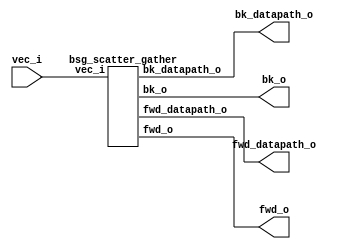


module top
(
  vec_i,
  fwd_o,
  fwd_datapath_o,
  bk_o,
  bk_datapath_o
);

  input [3:0] vec_i;
  output [7:0] fwd_o;
  output [7:0] fwd_datapath_o;
  output [7:0] bk_o;
  output [7:0] bk_datapath_o;

  bsg_scatter_gather
  wrapper
  (
    .vec_i(vec_i),
    .fwd_o(fwd_o),
    .fwd_datapath_o(fwd_datapath_o),
    .bk_o(bk_o),
    .bk_datapath_o(bk_datapath_o)
  );


endmodule



module bsg_scatter_gather
(
  vec_i,
  fwd_o,
  fwd_datapath_o,
  bk_o,
  bk_datapath_o
);

  input [3:0] vec_i;
  output [7:0] fwd_o;
  output [7:0] fwd_datapath_o;
  output [7:0] bk_o;
  output [7:0] bk_datapath_o;
  wire [7:0] fwd_o,fwd_datapath_o,bk_o,bk_datapath_o;
  wire N0,N1,N2,N3,N4,N5,N6,N7,N8,N9,N10,N11,N12,N13,N14,N15,N16,N17,N18,N19,N20,N21,
  N22,N23,N24,N25,N26,N27,N28,N29,N30,N31,N32,N33,N34,N35,N36,N37,N38,N39,N40,N41,
  N42,N43,N44,N45,N46,N47,N48,N49,N50,N51,N52,N53,N54,N55,N56,N57,N58,N59,N60,N61;
  assign bk_datapath_o[0] = 1'b0;
  assign bk_datapath_o[1] = 1'b0;
  assign bk_datapath_o[3] = 1'b0;
  assign fwd_datapath_o[5] = 1'b0;
  assign fwd_datapath_o[6] = 1'b0;
  assign fwd_datapath_o[7] = 1'b0;
  assign N20 = N16 & N17;
  assign N21 = N18 & N19;
  assign N22 = N20 & N21;
  assign N23 = vec_i[3] | vec_i[2];
  assign N24 = vec_i[1] | N19;
  assign N25 = N23 | N24;
  assign N27 = N18 | vec_i[0];
  assign N28 = N23 | N27;
  assign N30 = N18 | N19;
  assign N31 = N23 | N30;
  assign N33 = vec_i[3] | N17;
  assign N34 = vec_i[1] | vec_i[0];
  assign N35 = N33 | N34;
  assign N37 = N33 | N24;
  assign N39 = N33 | N27;
  assign N41 = N33 | N30;
  assign N43 = N16 | vec_i[2];
  assign N44 = N43 | N34;
  assign N46 = N43 | N24;
  assign N48 = N43 | N27;
  assign N50 = N43 | N30;
  assign N52 = N16 | N17;
  assign N53 = N52 | N34;
  assign N55 = N52 | N24;
  assign N57 = N52 | N27;
  assign N59 = vec_i[3] & vec_i[2];
  assign N60 = vec_i[1] & vec_i[0];
  assign N61 = N59 & N60;
  assign bk_o = (N0)? { 1'b1, 1'b1, 1'b1, 1'b1, 1'b1, 1'b1, 1'b1, 1'b1 } : 
                (N1)? { 1'b1, 1'b1, 1'b1, 1'b1, 1'b1, 1'b1, 1'b0, 1'b0 } : 
                (N2)? { 1'b1, 1'b1, 1'b1, 1'b1, 1'b0, 1'b0, 1'b1, 1'b1 } : 
                (N3)? { 1'b1, 1'b1, 1'b1, 1'b1, 1'b0, 1'b1, 1'b0, 1'b0 } : 
                (N4)? { 1'b1, 1'b1, 1'b0, 1'b0, 1'b1, 1'b1, 1'b1, 1'b1 } : 
                (N5)? { 1'b1, 1'b1, 1'b0, 1'b1, 1'b1, 1'b1, 1'b0, 1'b0 } : 
                (N6)? { 1'b1, 1'b1, 1'b0, 1'b1, 1'b0, 1'b0, 1'b1, 1'b1 } : 
                (N7)? { 1'b1, 1'b1, 1'b1, 1'b0, 1'b0, 1'b1, 1'b0, 1'b0 } : 
                (N8)? { 1'b0, 1'b0, 1'b1, 1'b1, 1'b1, 1'b1, 1'b1, 1'b1 } : 
                (N9)? { 1'b0, 1'b1, 1'b1, 1'b1, 1'b1, 1'b1, 1'b0, 1'b0 } : 
                (N10)? { 1'b0, 1'b1, 1'b1, 1'b1, 1'b0, 1'b0, 1'b1, 1'b1 } : 
                (N11)? { 1'b1, 1'b0, 1'b1, 1'b1, 1'b0, 1'b1, 1'b0, 1'b0 } : 
                (N12)? { 1'b0, 1'b1, 1'b0, 1'b0, 1'b1, 1'b1, 1'b1, 1'b1 } : 
                (N13)? { 1'b1, 1'b0, 1'b0, 1'b1, 1'b1, 1'b1, 1'b0, 1'b0 } : 
                (N14)? { 1'b1, 1'b0, 1'b0, 1'b1, 1'b0, 1'b0, 1'b1, 1'b1 } : 
                (N15)? { 1'b1, 1'b1, 1'b1, 1'b0, 1'b0, 1'b1, 1'b0, 1'b0 } : 1'b0;
  assign N0 = N22;
  assign N1 = N26;
  assign N2 = N29;
  assign N3 = N32;
  assign N4 = N36;
  assign N5 = N38;
  assign N6 = N40;
  assign N7 = N42;
  assign N8 = N45;
  assign N9 = N47;
  assign N10 = N49;
  assign N11 = N51;
  assign N12 = N54;
  assign N13 = N56;
  assign N14 = N58;
  assign N15 = N61;
  assign { bk_datapath_o[7:4], bk_datapath_o[2:2] } = (N0)? { 1'b0, 1'b0, 1'b0, 1'b0, 1'b0 } : 
                                                      (N1)? { 1'b0, 1'b0, 1'b0, 1'b0, 1'b0 } : 
                                                      (N2)? { 1'b0, 1'b0, 1'b0, 1'b0, 1'b0 } : 
                                                      (N3)? { 1'b0, 1'b0, 1'b0, 1'b0, 1'b1 } : 
                                                      (N4)? { 1'b0, 1'b0, 1'b0, 1'b0, 1'b0 } : 
                                                      (N5)? { 1'b0, 1'b0, 1'b0, 1'b1, 1'b0 } : 
                                                      (N6)? { 1'b0, 1'b0, 1'b0, 1'b1, 1'b0 } : 
                                                      (N7)? { 1'b0, 1'b0, 1'b1, 1'b0, 1'b1 } : 
                                                      (N8)? { 1'b0, 1'b0, 1'b0, 1'b0, 1'b0 } : 
                                                      (N9)? { 1'b0, 1'b1, 1'b0, 1'b0, 1'b0 } : 
                                                      (N10)? { 1'b0, 1'b1, 1'b0, 1'b0, 1'b0 } : 
                                                      (N11)? { 1'b1, 1'b0, 1'b0, 1'b0, 1'b1 } : 
                                                      (N12)? { 1'b0, 1'b1, 1'b0, 1'b0, 1'b0 } : 
                                                      (N13)? { 1'b1, 1'b0, 1'b0, 1'b1, 1'b0 } : 
                                                      (N14)? { 1'b1, 1'b0, 1'b0, 1'b1, 1'b0 } : 
                                                      (N15)? { 1'b1, 1'b1, 1'b1, 1'b0, 1'b1 } : 1'b0;
  assign fwd_o = (N0)? { 1'b1, 1'b1, 1'b1, 1'b1, 1'b1, 1'b1, 1'b1, 1'b1 } : 
                 (N1)? { 1'b1, 1'b1, 1'b1, 1'b1, 1'b1, 1'b1, 1'b0, 1'b0 } : 
                 (N2)? { 1'b1, 1'b1, 1'b1, 1'b1, 1'b1, 1'b1, 1'b0, 1'b1 } : 
                 (N3)? { 1'b1, 1'b1, 1'b1, 1'b1, 1'b0, 1'b1, 1'b0, 1'b0 } : 
                 (N4)? { 1'b1, 1'b1, 1'b1, 1'b1, 1'b1, 1'b1, 1'b1, 1'b0 } : 
                 (N5)? { 1'b1, 1'b1, 1'b1, 1'b1, 1'b1, 1'b0, 1'b0, 1'b0 } : 
                 (N6)? { 1'b1, 1'b1, 1'b1, 1'b1, 1'b1, 1'b0, 1'b0, 1'b1 } : 
                 (N7)? { 1'b1, 1'b1, 1'b1, 1'b0, 1'b0, 1'b1, 1'b0, 1'b0 } : 
                 (N8)? { 1'b1, 1'b0, 1'b1, 1'b0, 1'b1, 1'b0, 1'b1, 1'b1 } : 
                 (N9)? { 1'b1, 1'b0, 1'b1, 1'b0, 1'b1, 1'b1, 1'b0, 1'b0 } : 
                 (N10)? { 1'b1, 1'b0, 1'b1, 1'b0, 1'b1, 1'b1, 1'b0, 1'b1 } : 
                 (N11)? { 1'b1, 1'b0, 1'b1, 1'b1, 1'b0, 1'b1, 1'b0, 1'b0 } : 
                 (N12)? { 1'b0, 1'b1, 1'b0, 1'b1, 1'b1, 1'b1, 1'b1, 1'b0 } : 
                 (N13)? { 1'b0, 1'b1, 1'b1, 1'b1, 1'b1, 1'b0, 1'b0, 1'b0 } : 
                 (N14)? { 1'b0, 1'b0, 1'b1, 1'b1, 1'b1, 1'b0, 1'b0, 1'b1 } : 
                 (N15)? { 1'b1, 1'b1, 1'b1, 1'b0, 1'b0, 1'b1, 1'b0, 1'b0 } : 1'b0;
  assign fwd_datapath_o[4:0] = (N0)? { 1'b0, 1'b0, 1'b0, 1'b0, 1'b0 } : 
                               (N1)? { 1'b0, 1'b0, 1'b0, 1'b0, 1'b0 } : 
                               (N2)? { 1'b0, 1'b0, 1'b0, 1'b0, 1'b1 } : 
                               (N3)? { 1'b0, 1'b0, 1'b0, 1'b0, 1'b0 } : 
                               (N4)? { 1'b0, 1'b0, 1'b0, 1'b1, 1'b0 } : 
                               (N5)? { 1'b0, 1'b0, 1'b1, 1'b0, 1'b0 } : 
                               (N6)? { 1'b0, 1'b0, 1'b1, 1'b0, 1'b1 } : 
                               (N7)? { 1'b0, 1'b0, 1'b0, 1'b0, 1'b0 } : 
                               (N8)? { 1'b0, 1'b0, 1'b0, 1'b1, 1'b1 } : 
                               (N9)? { 1'b0, 1'b1, 1'b0, 1'b0, 1'b0 } : 
                               (N10)? { 1'b0, 1'b1, 1'b0, 1'b0, 1'b1 } : 
                               (N11)? { 1'b1, 1'b0, 1'b0, 1'b0, 1'b0 } : 
                               (N12)? { 1'b0, 1'b1, 1'b0, 1'b1, 1'b0 } : 
                               (N13)? { 1'b1, 1'b0, 1'b1, 1'b0, 1'b0 } : 
                               (N14)? { 1'b1, 1'b0, 1'b1, 1'b0, 1'b1 } : 
                               (N15)? { 1'b0, 1'b0, 1'b0, 1'b0, 1'b0 } : 1'b0;
  assign N16 = ~vec_i[3];
  assign N17 = ~vec_i[2];
  assign N18 = ~vec_i[1];
  assign N19 = ~vec_i[0];
  assign N26 = ~N25;
  assign N29 = ~N28;
  assign N32 = ~N31;
  assign N36 = ~N35;
  assign N38 = ~N37;
  assign N40 = ~N39;
  assign N42 = ~N41;
  assign N45 = ~N44;
  assign N47 = ~N46;
  assign N49 = ~N48;
  assign N51 = ~N50;
  assign N54 = ~N53;
  assign N56 = ~N55;
  assign N58 = ~N57;

endmodule